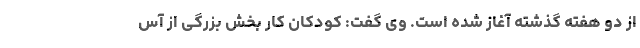
از دو هفته گذشته آغاز شده است. وی گفت: کودکان کار بخش بزرگی از آس